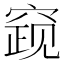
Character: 𰩓